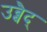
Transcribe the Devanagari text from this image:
उब्बैद्